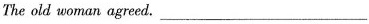
The old woman agreed.___